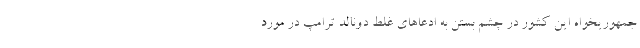
جمهوریخواه این کشور در چشم بستن به ادعاهای غلط دونالد ترامپ در مورد